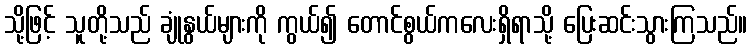
သို့ဖြင့် သူတို့သည် ချုံနွယ်များကို ကွယ်၍ တောင်စွယ်ကလေးရှိရာသို့ ပြေးဆင်းသွားကြသည်။